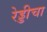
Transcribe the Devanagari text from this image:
रेड्डीचा